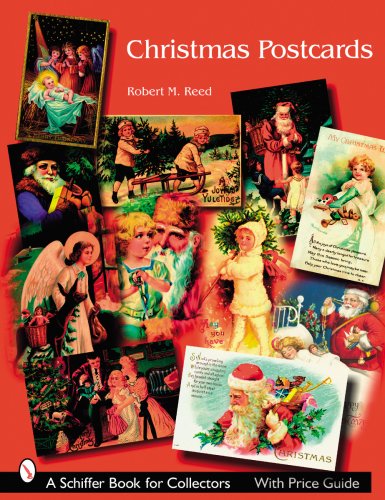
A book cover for Christmas Postcards: A Collector's Guide; Robert M. Reed; Crafts, Hobbies & Home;